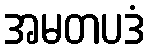
အမတပဒံ